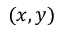
( x , y )